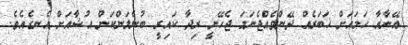
އޭނާއާ ހަމައަށް ޚަބަރެއް ދޭންވެއްޖެނަމަ ޖެހޭނީ ރިދާ ކައިރީ ބުނެލަންކަން އުޝާއަށް އެނގެއެވެ.